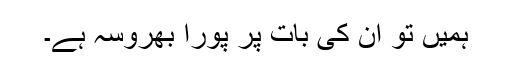
ہمیں تو ان کی بات پر پورا بھروسہ ہے۔